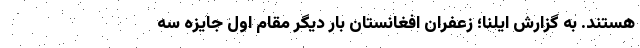
هستند. به گزارش ایلنا؛ زعفران افغانستان بار دیگر مقام اول جایزه سه